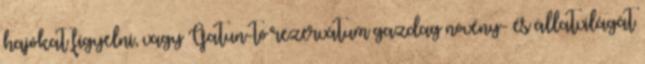
hajókat figyelni, vagy Gatun-tó rezervátum gazdag növény- és állatvilágát